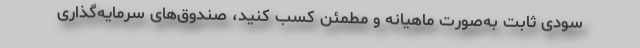
سودی ثابت به‌صورت ماهیانه و مطمئن کسب کنید، صندوق‌های سرمایه‌گذاری